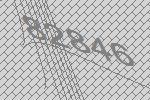
82846